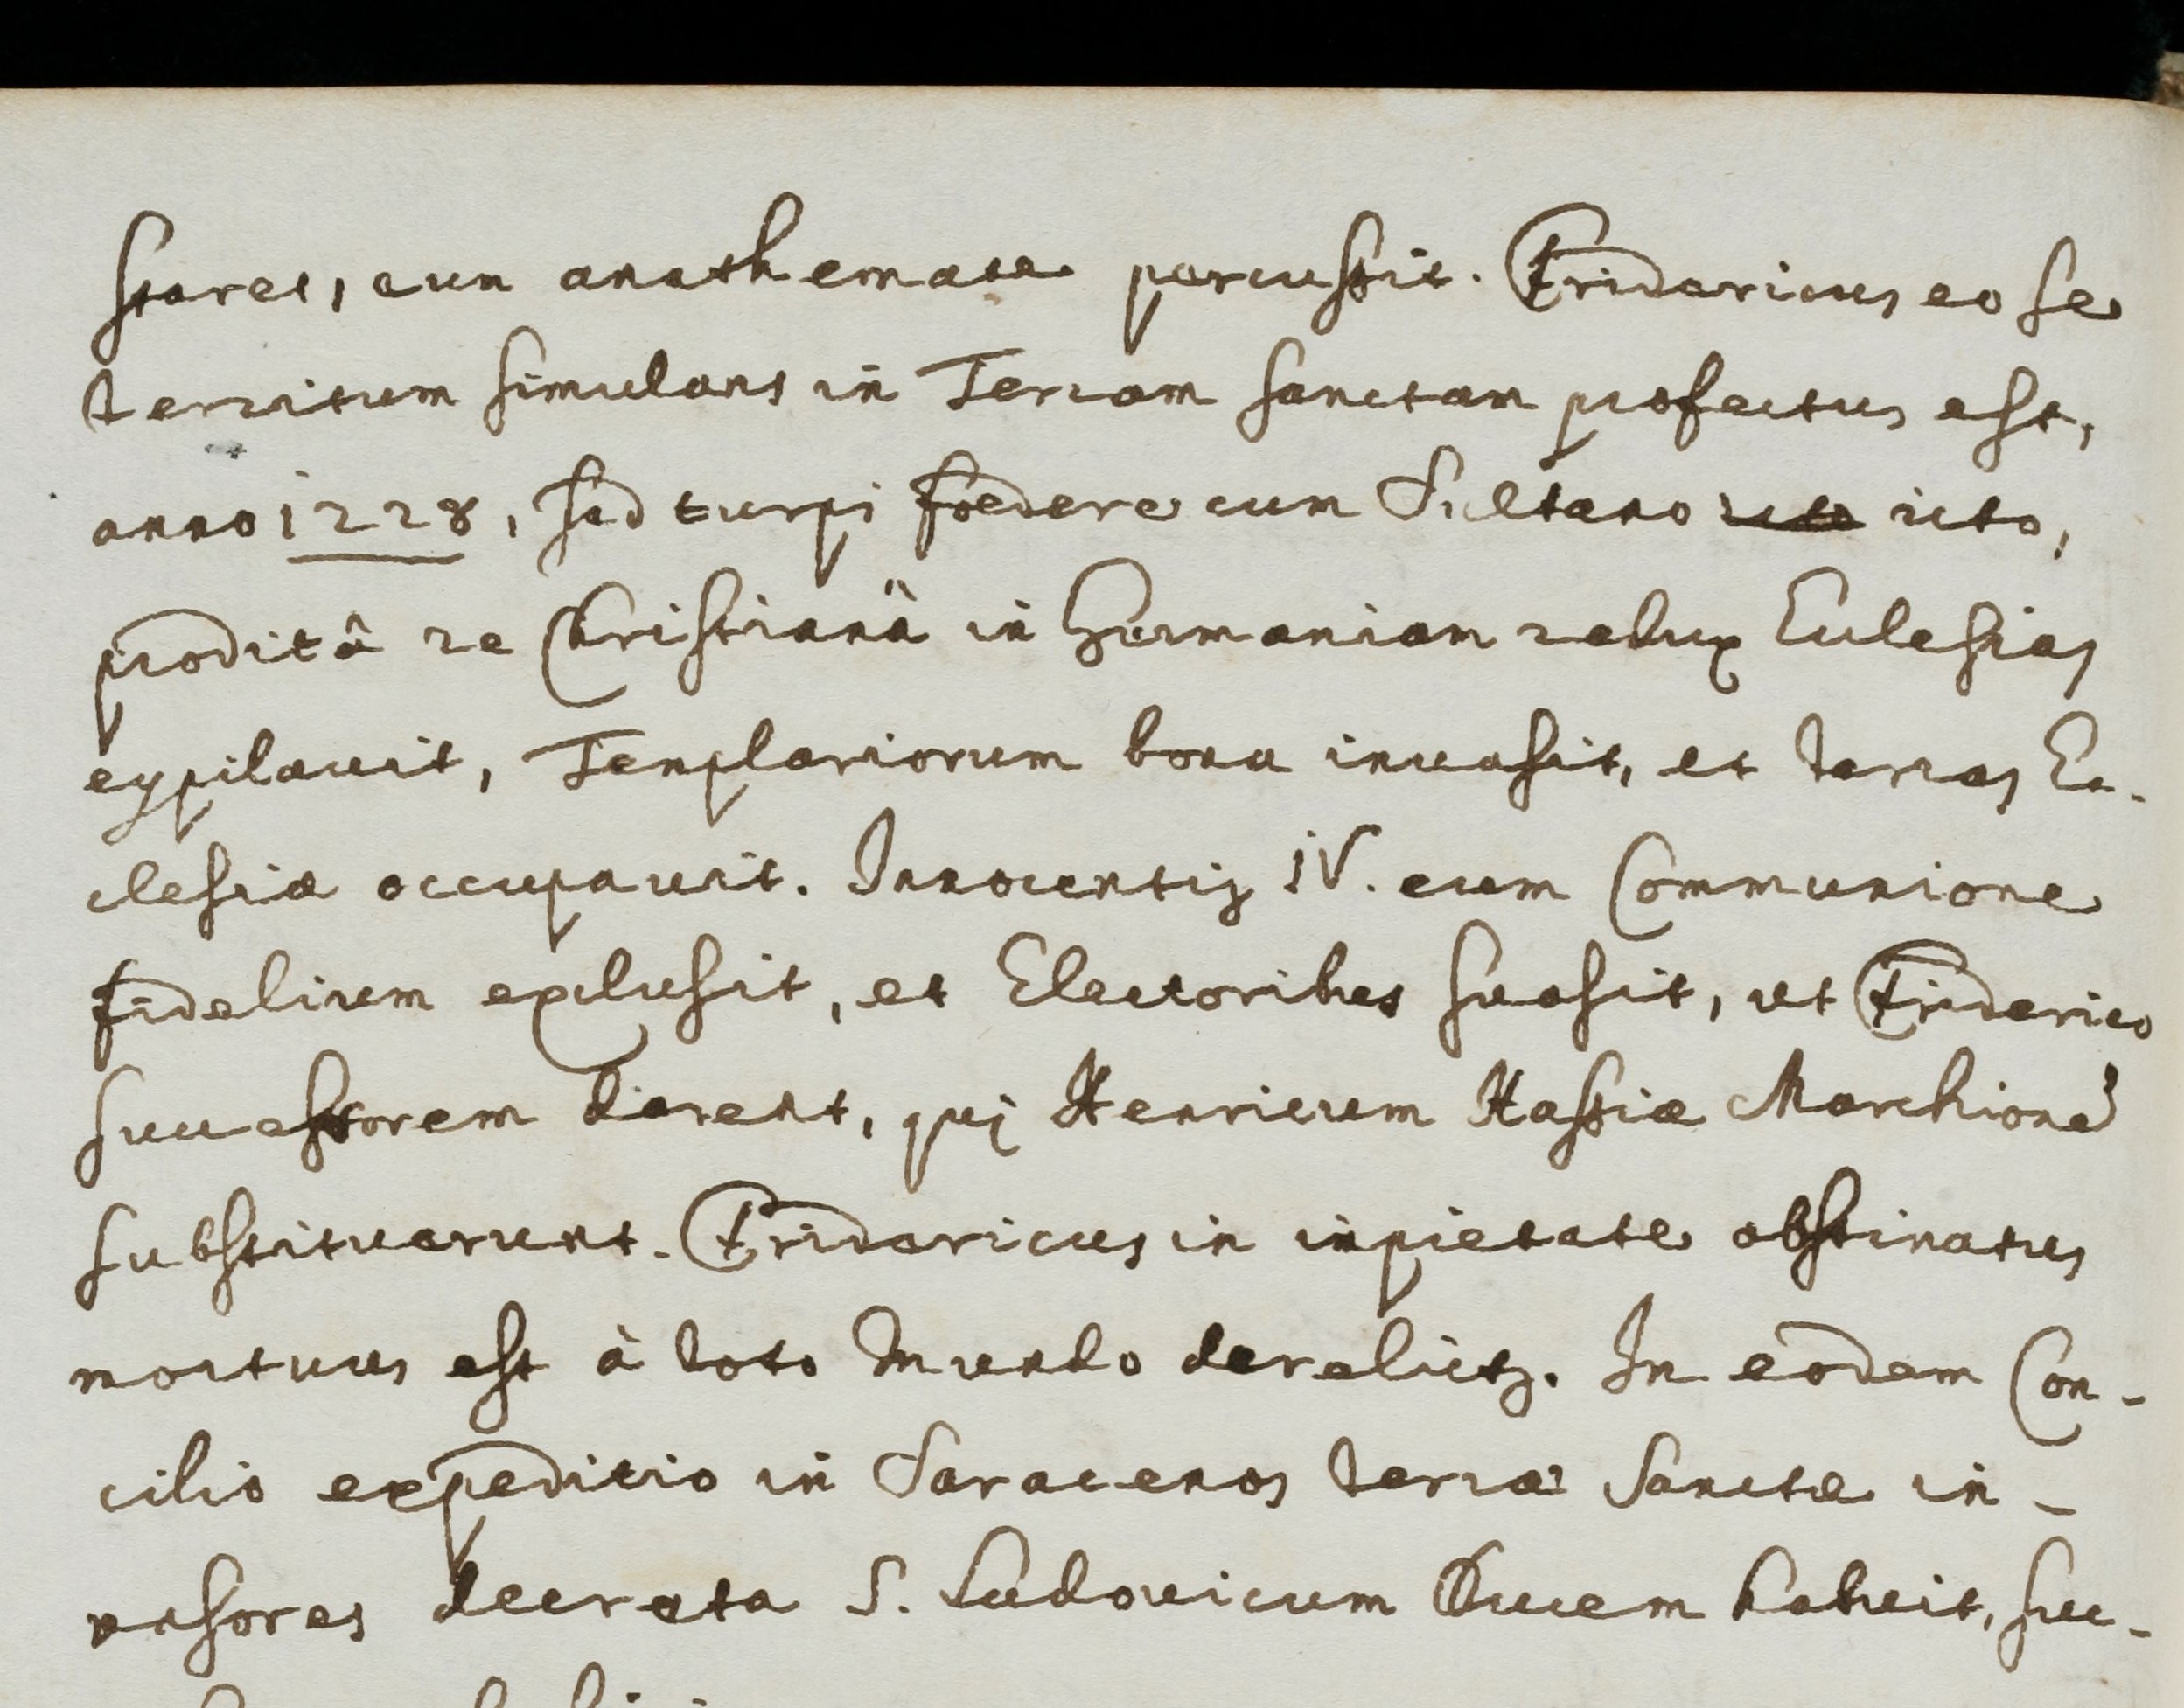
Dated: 1600–1699